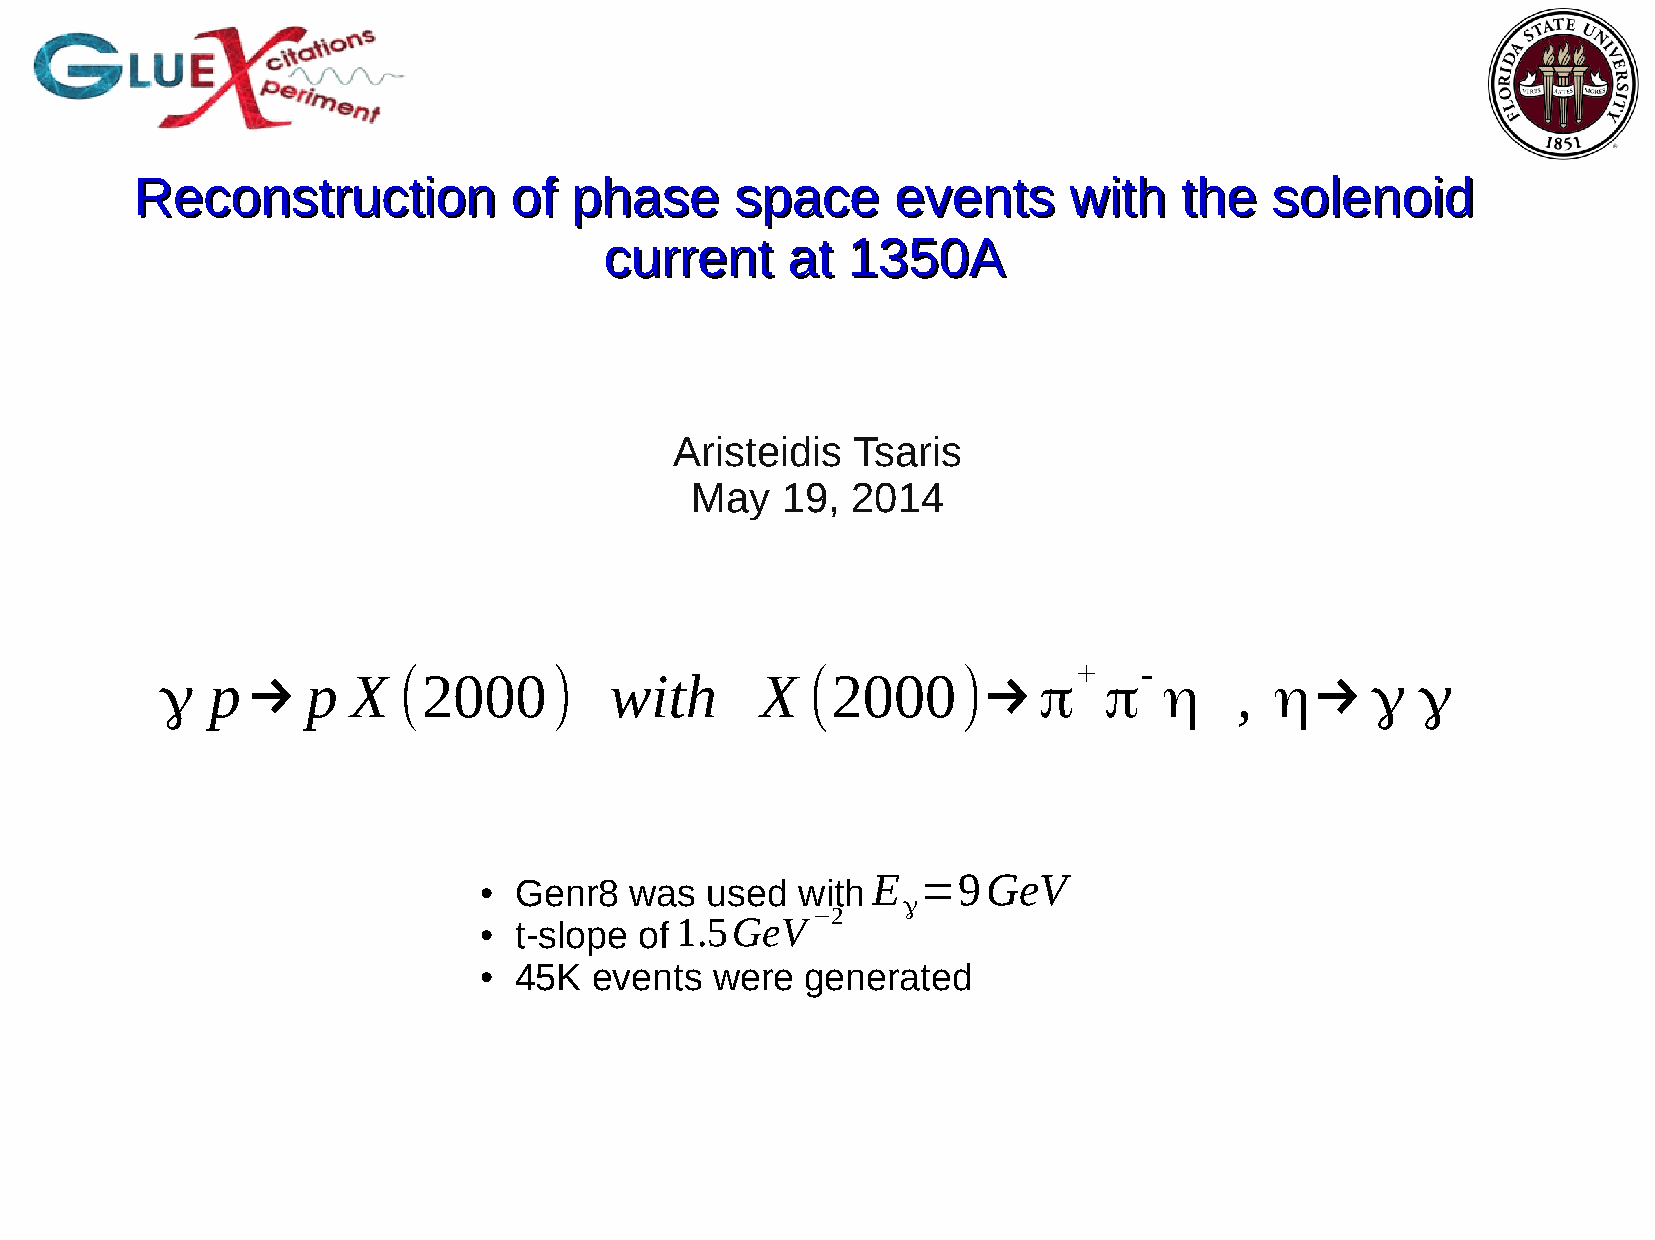
RReeccoonnssttrruuccttiioonn ooff pphhaassee ssppaaccee eevveennttss wwiitthh tthhee ssoolleennooiidd
 ccuurrrreenntt aatt 11335500AA
 Aristeidis Tsaris
 May   19, 2014
 +    -
 γ  p →   p  X  (2000)        with      X  (2000)→         π   π   η    , η→     γ  γ
 E  =9GeV
 Genr8   was  used  with
 ●
 γ
 −2
 t-slope of 1 .5GeV
 ●
 45K  events  were  generated
 ●